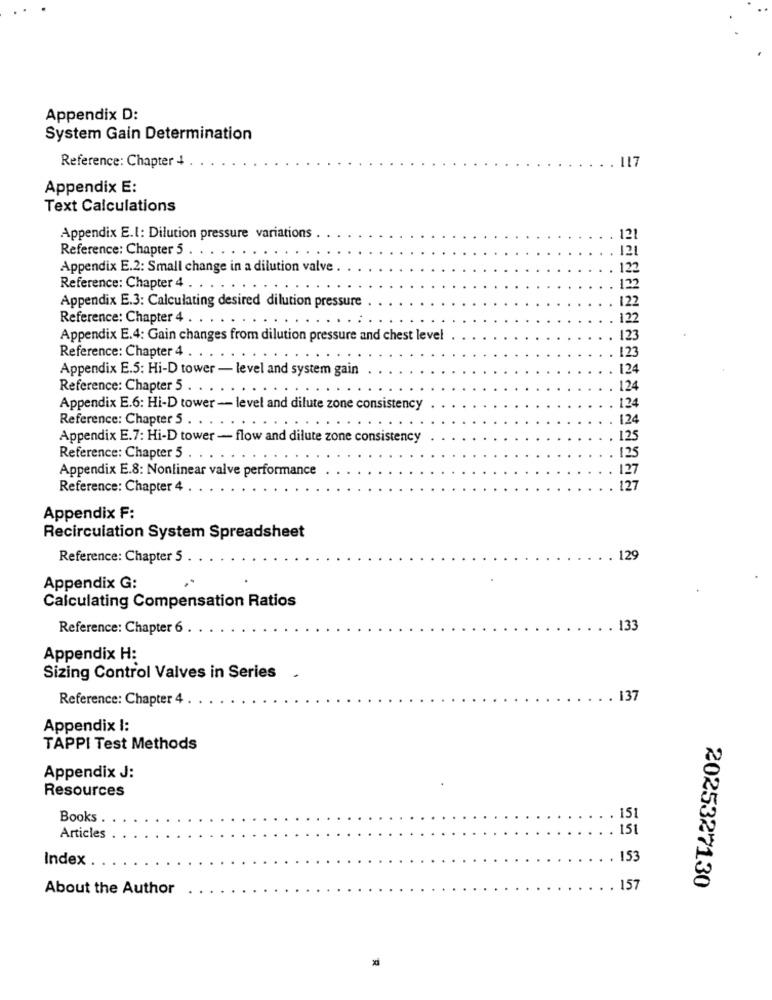
Appendix D:
System Gain Determination
Reference: Chapter 4
117
Appendix E:
Text Calculations
Appendix E.I: Dilution pressure variations
121
Reference: Chapter 5 . . . .
121
Appendix E.2: Small change in a dilution valve
122
Reference: Chapter 4 . .
122
Appendix E.3: Calculating desired dilution pressure
122
Reference: Chapter 4 . . . . .
122
Appendix E.4: Gain changes from dilution pressure and chest level
123
Reference: Chapter 4 . . . .
123
Appendix E.S: Hi-D tower - level and system gain
124
Reference: Chapter 5 . . .
124
Appendix E.6: Hi-D tower - level and dilute zone consistency
124
Reference: Chapter 5 . .
124
Appendix E.7: Hi-D tower - flow and dilute zone consistency
125
Reference: Chapter 5 . .
125
Appendix E.8: Nonlinear valve performance
127
Reference: Chapter 4 . .
127
Appendix F:
Recirculation System Spreadsheet
Reference: Chapter 5
129
Appendix G:
Calculating Compensation Ratios
Reference: Chapter 6 ..
. 133
Appendix H:
Sizing Control Valves in Series
Reference: Chapter 4
. 137
Appendix I:
TAPPI Test Methods
Appendix J:
Resources
151
Books .
151
Articles
Index .
153
2025327130
About the Author
. 157